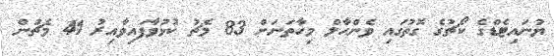
ޔުނައިޓެޑްގެ ކޯޗުގެ ގޮތުގައި ވެންހާލް މިހާތަނަށް 83 މެޗު ކުޅުވާފައިވާއިރު 41 މެޗުން